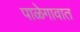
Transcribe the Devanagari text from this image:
पाळेगावात